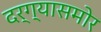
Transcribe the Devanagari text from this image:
दर्ग्यासमोर